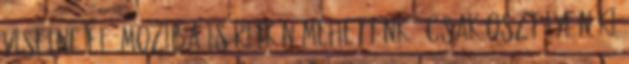
viselne el: moziba is ritkán mehettünk – csak osztályfőnöki